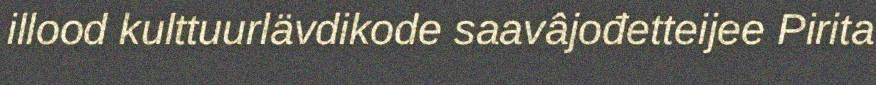
illood kulttuurlävdikode saavâjođetteijee Pirita